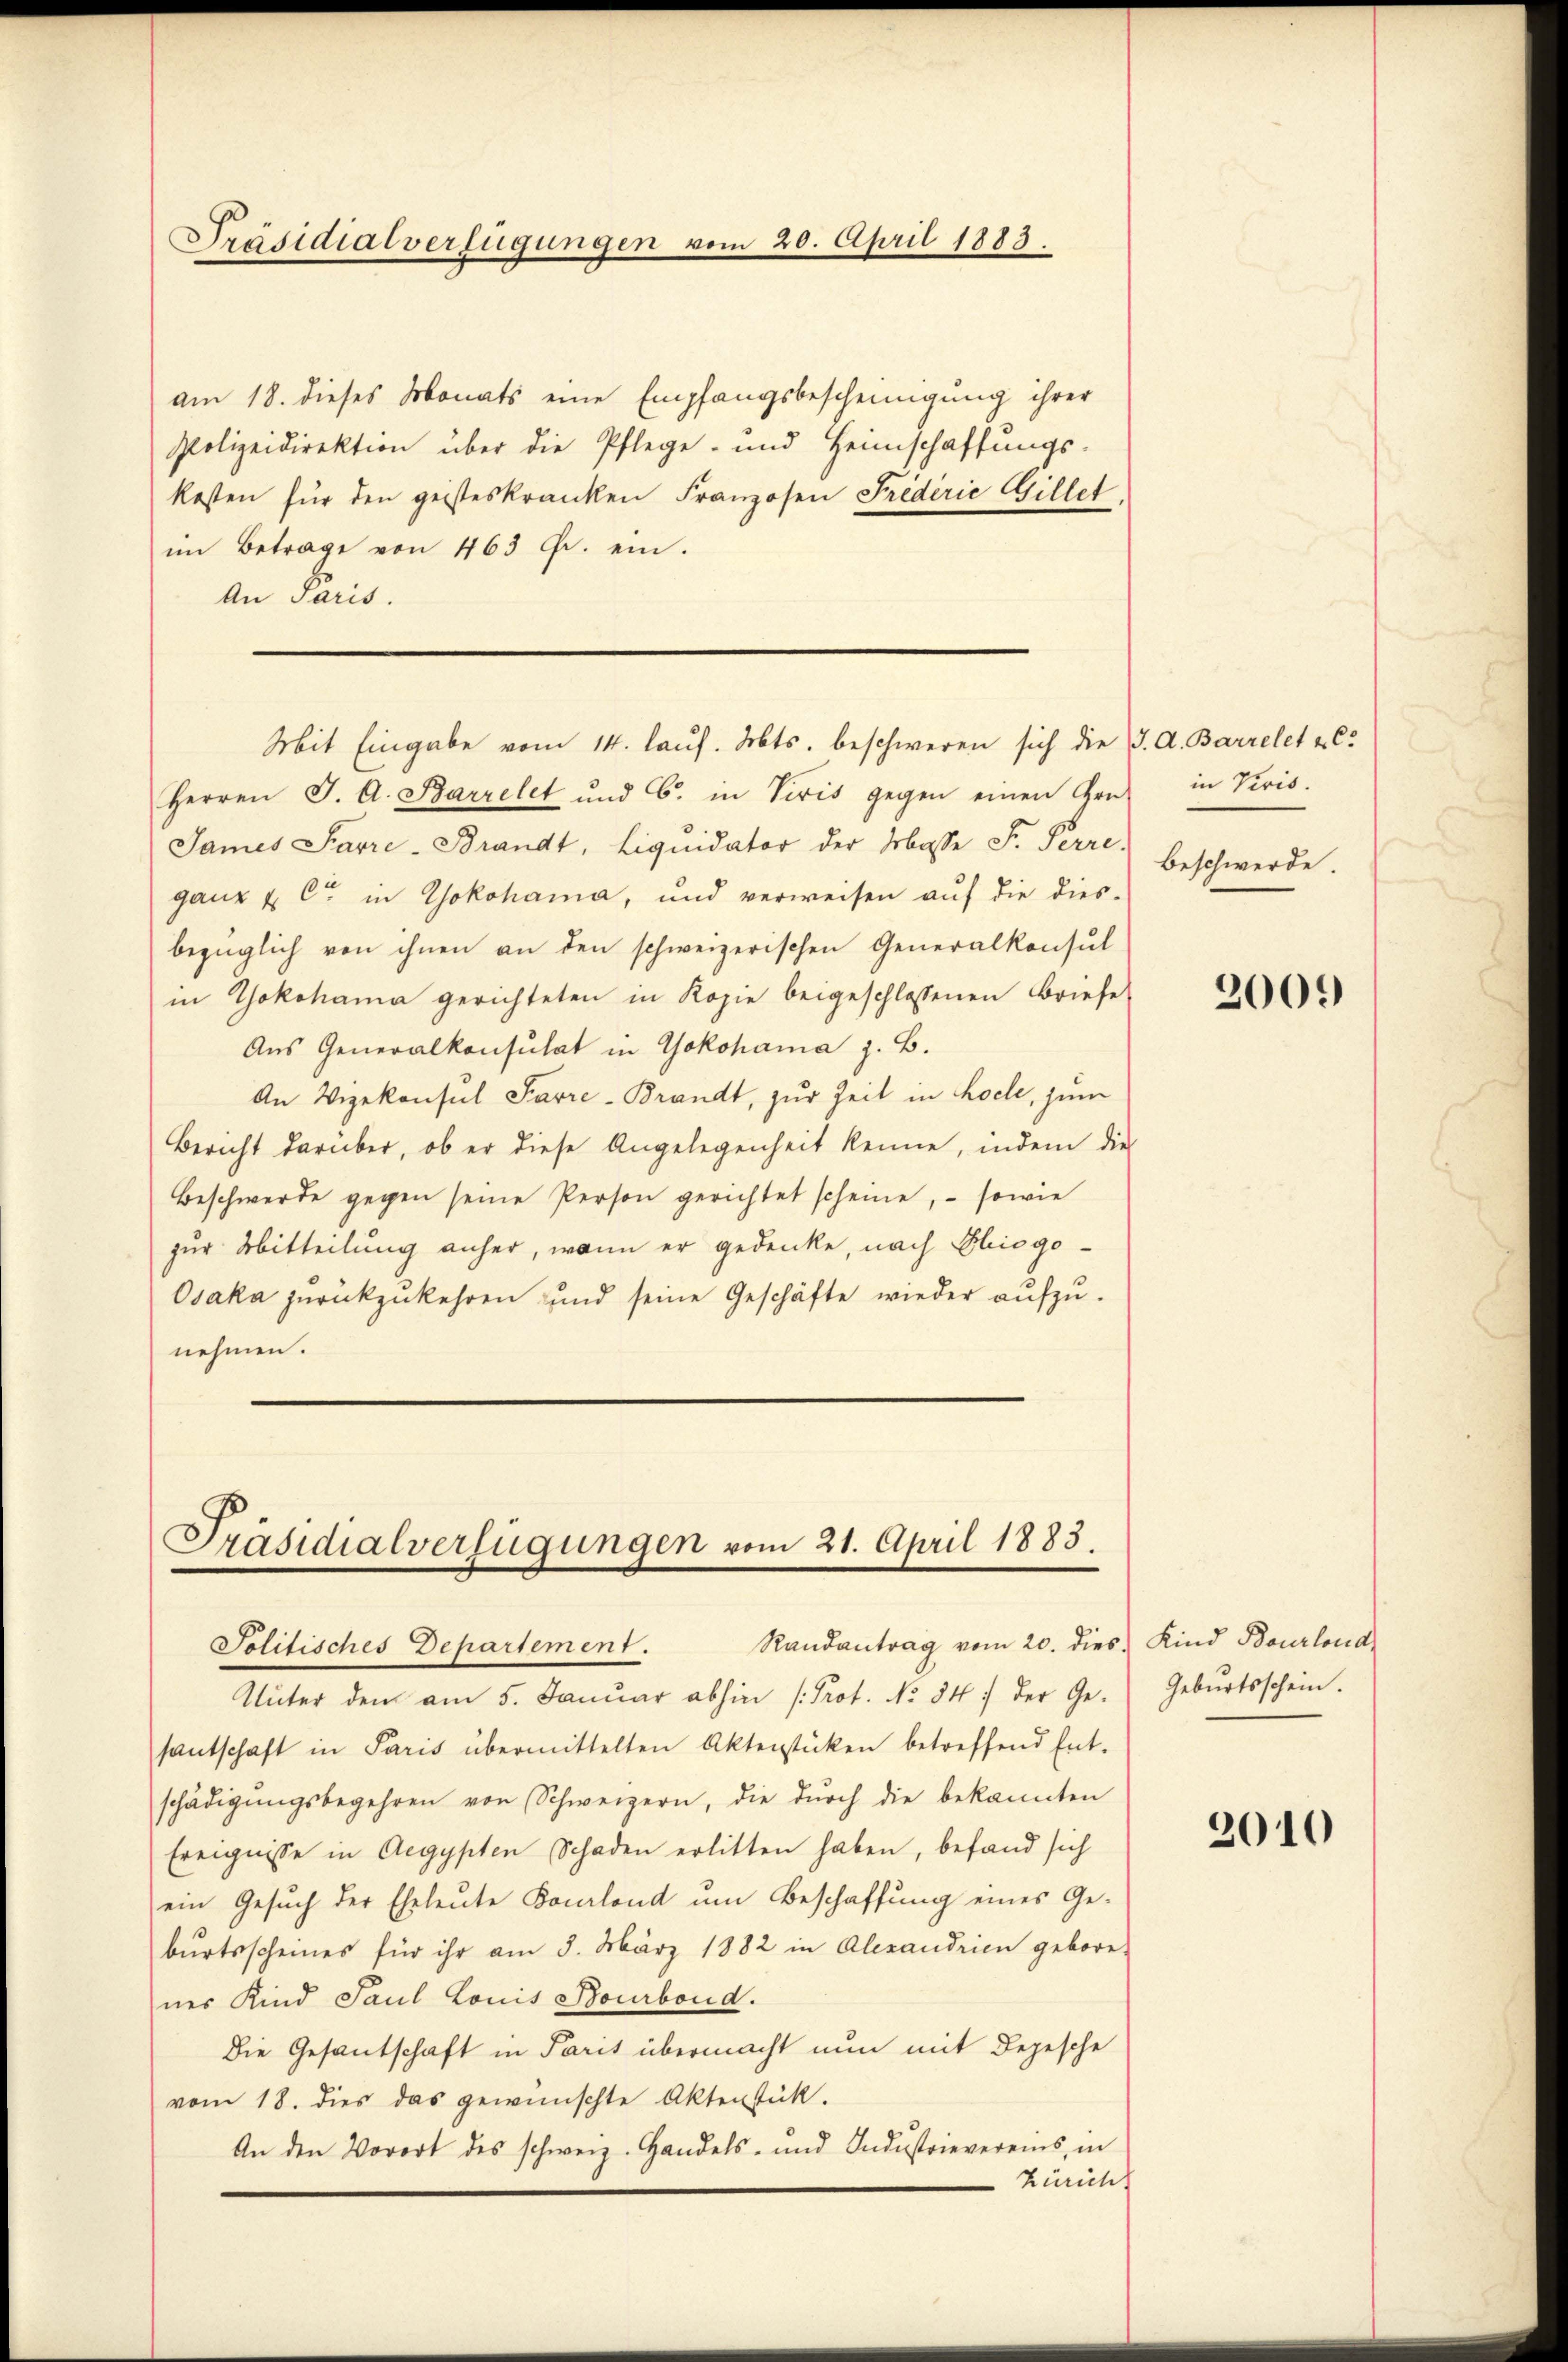
Präsidialverfügungen vom 20. April 1883.

am 18. dieses Monats eine Empfangsbescheinigung ihrer
Polizeidirektion über die Pflege- und Heimschaffungs-
kosten für den geisteskranken Franzosen Frederie Gillet
im Betrage von 463 fr. ein.
An Paris.
Herren J. A. Barrelet und C. in Veris gegen einen Gru
James Parre-Brandt, Liquidator der Masse F. Perre
ganz u C in Yokohama, und verweisen aŭf die dies-
bezüglich von ihnen an den schweizerischen Generalkonsul
in Yokohama gerichteten in Kopie beigeschlossenen Briefe
Aus Generalkonsulat in Yokohama z. B.
An Vizekonsul Parre-Brandt, zur Zeit in hocle, zum
Bericht darüber, ob er diese Angelegenheit kenne, indem die
Beschwerde gegen seine Person gerichtet scheine, – sowie
zur Mitteilung anher, wenn er gedenke, nach Elisgo¬
Osaka zurückzukehren und seine Geschäfte wieder aŭfzŭ-
nehmen.

Mit Eingabe vom 14. lauf. Mts. beschweren sich die J. A. Barrelet u C.

Präsidialverfügungen vom 21. April 1883.
Solitisches Departement. Randantrag vom 20. dies Kind Bourlond

Unter den am 5. Januar abhin (Prot. No 347 der Ge-
santschaft in Paris übermittelten Aktenstücken betreffend Ent-
schädigŭngsbegehren von Schweizern, die dŭrch die bekannten
Ereignisse in Aegypten Schaden erlitten haben, befand sich
ein Gesuch der Eheleute Boulond um Beschaffung eines Geburtsscheines für ihr am 5. März 1882 in Alexandrien gebore-
nes Kind Paul Louis Bourbond.
Die Gesantschaft in Paris übermacht nun mit Depesche
vom 18. dies das gewünschte Aktenstück.
An den Vorort des schweiz. Handels- und Industrievereins, in
Zürich

in Veris.
Beschwerde.

2009

Geburtsschein.

2010